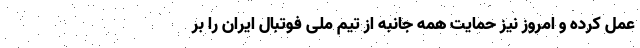
عمل کرده و امروز نیز حمایت همه جانبه از تیم ملی فوتبال ایران‌ را بر